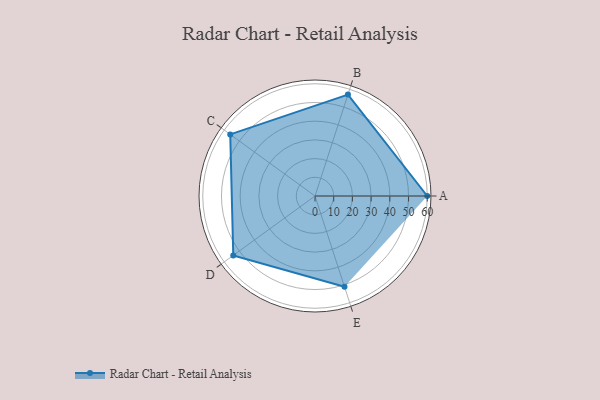
{"axis": {"x": "Skill", "y": "Score"}, "legend": ["Profile"], "data": [{"x": "A", "y": 60.0, "type": "Profile"}, {"x": "B", "y": 57.0, "type": "Profile"}, {"x": "C", "y": 56.0, "type": "Profile"}, {"x": "D", "y": 54.0, "type": "Profile"}, {"x": "E", "y": 51.0, "type": "Profile"}]}